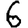
Digit: 6